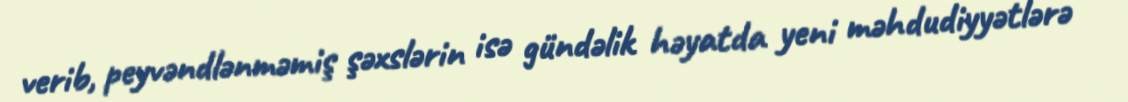
verib, peyvəndlənməmiş şəxslərin isə gündəlik həyatda yeni məhdudiyyətlərə